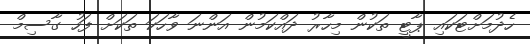
ހެދުމަށްޓަކައި ޕާޓީ ތަކުން މިހާރު ދައްކަމުން އަންނަ ވާހަކަ ތަކަށް ފަހު ގާސިމް